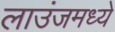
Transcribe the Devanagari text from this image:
लाउंजमध्ये